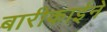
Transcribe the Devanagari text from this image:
बारीकाईने